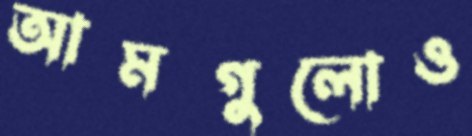
আমগুলোও